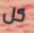
كل